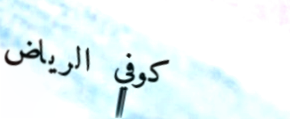
كوفي الرياض